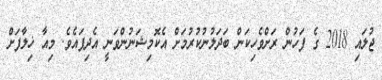
ޖުލައި 2018 ގެ ފަހުން ރަށްވެހިކަން ބަދަލުނުކުރުމަށް އެކޮމިޝަނުންވަނީ އެދިފައެވެ. މިއާ ޚިލާފަށް